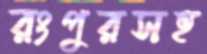
রংপুরসহ